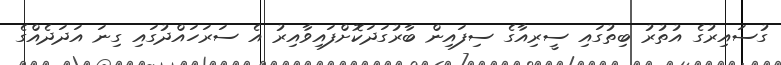
ގުސައިރުގެ އުތުރު ބިތުގައި ސީރިއާގެ ސިފައިން ބާރުގަދަކޮށްފައިވާއިރު އެ ސަރަހައްދުގައި ގިނަ އަދަދެއްގެ